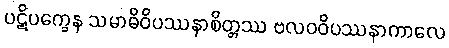
ပဋိပက္ခေန သမာဓိဝိပဿနာစိတ္တဿ ဗလဝဝိပဿနာကာလေ